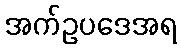
အက်ဥပဒေအရ